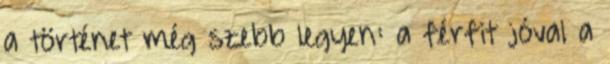
a történet még szebb legyen: a férfit jóval a